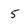
Character: 5